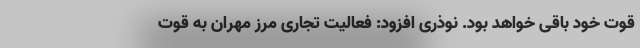
قوت خود باقی خواهد بود. نوذری افزود: فعالیت تجاری مرز مهران به قوت